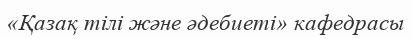
«Қазақ тілі және әдебиеті» кафедрасы